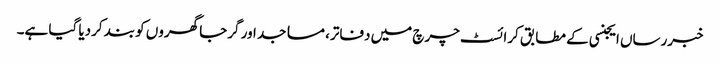
خبررساں ایجنسی کے مطابق کرائسٹ چرچ میں دفاتر، مساجد اور گرجا گھروں کو بند کردیا گیا ہے۔